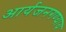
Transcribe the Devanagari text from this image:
आर्यजनगण्याय